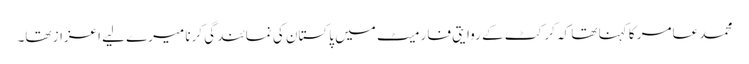
محمد عامر کا کہنا تھا کہ کرکٹ کے روایتی فارمیٹ میں پاکستان کی نمائندگی کرنا میرے لیے اعزاز تھا۔